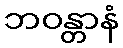
ဘဝန္တာနံ